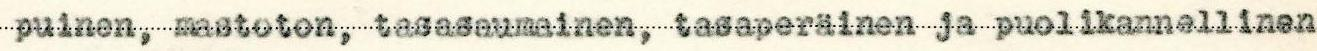
puinen, mastoton, tasasaumainen, tasaperäinen ja puolikannellinen